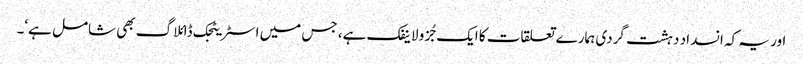
اور یہ کہ انسداد دہشت گردی ہمارے تعلقات کا ایک جُزو لاینفک ہے، جس میں اسٹریٹجک ڈائلاگ بھی شامل ہے‘۔